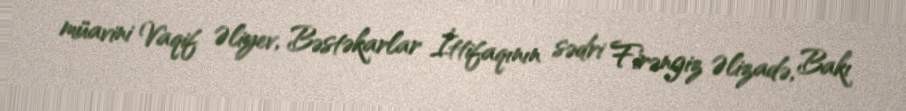
müavini Vaqif Əliyev, Bəstəkarlar İttifaqının sədri Firəngiz Əlizadə, Bakı